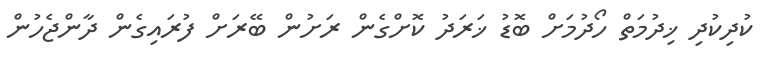
ކުދިކުދި ޚިދުމަތް ހޯދުމަށް ބޮޑު ޚަރަދު ކޮށްގެން ރަށުން ބޭރަށް ފުރައިގެން ދާންޖެހުން